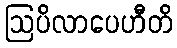
ဩပိလာပေဟီတိ